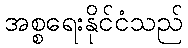
အစ္စရေးနိုင်ငံသည်